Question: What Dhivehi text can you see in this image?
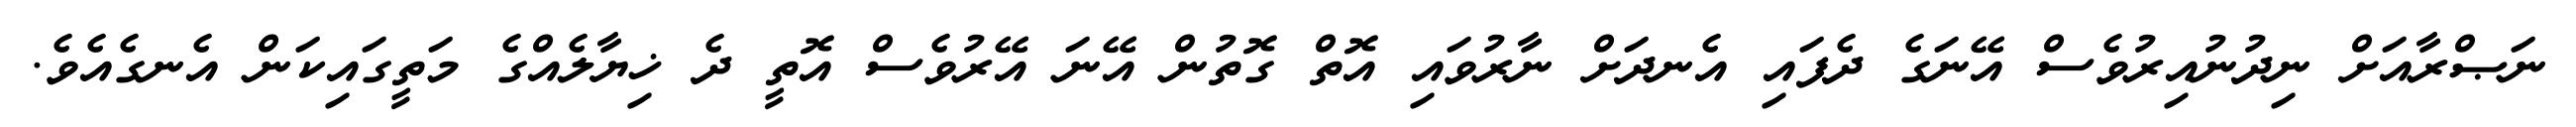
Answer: ނަޞްރާއަށް ނިދުނުއިރުވެސް އޭނަގެ ދެފައި އެނދަށް ނާރުވައި އޮތް ގޮތުން އޭނަ އޭރުވެސް އޮތީ ދެ ޚިޔާލެއްގެ މަތީގައިކަން އެނގެއެވެ.